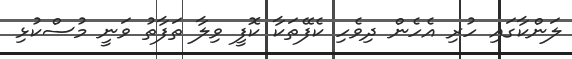
ލަންކާގައި ހުރި އެހެން ދިވެހި ކެފޭތަކާ ކޮފީ ވިލާ ތަފާތު ވަނީ މުސްކުޅި